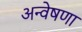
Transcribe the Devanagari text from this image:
अन्वेषणा